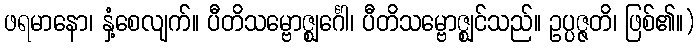
ဖရမာနော၊ နှံ့စေလျက်။ ပီတိသမ္ဗောဇ္ဈင်္ဂေါ၊ ပီတိသမ္ဗောဇ္ဈင်သည်။ ဥပ္ပဇ္ဇတိ၊ ဖြစ်၏။)